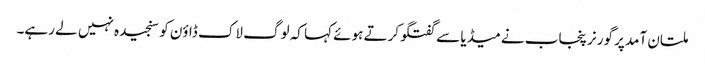
ملتان آمد پر گورنر پنجاب نے میڈیا سے گفتگو کرتے ہوئے کہا کہ لوگ لاک ڈاؤن کو سنجیدہ نہیں لے رہے۔